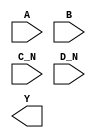
module sky130_fd_sc_hdll__nor4bb (
    //# {{data|Data Signals}}
    input  A  ,
    input  B  ,
    input  C_N,
    input  D_N,
    output Y
);

    // Voltage supply signals
    supply1 VPWR;
    supply0 VGND;
    supply1 VPB ;
    supply0 VNB ;

endmodule